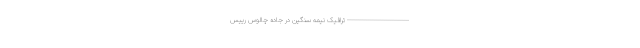
------------------------------- ترافیک نیمه سنگین در جاده چالوس رییس